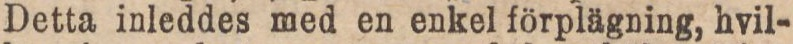
Detta inleddes med en enkel förplägning, hvil-